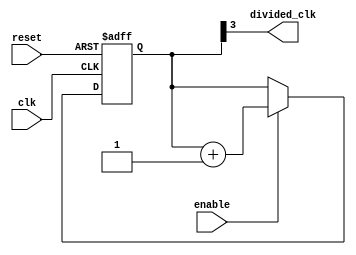
module johnson_counter_clock_divider (
    input clk,
    input reset,
    input enable,
    output reg divided_clk
);

reg [3:0] counter;

always @ (posedge clk or posedge reset)
begin
    if (reset)
        counter <= 4'b0000;
    else if (enable)
        counter <= counter + 1;
end

assign divided_clk = counter[3];

endmodule